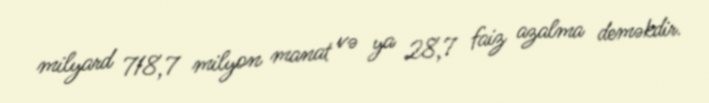
milyard 718,7 milyon manat və ya 28,7 faiz azalma deməkdir.